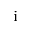
_ \mathrm { i }